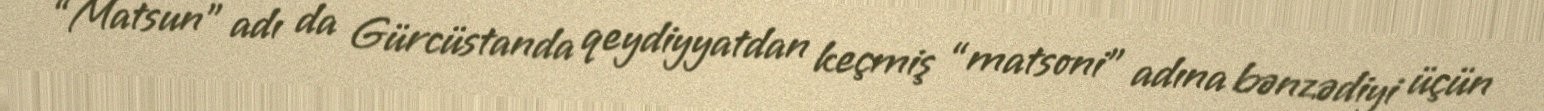
“Matsun” adı da Gürcüstanda qeydiyyatdan keçmiş “matsoni” adına bənzədiyi üçün